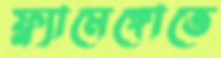
ফ্ল্যামেঙ্গোতে